Indian journal of veterinary science and animal husbandry - Volumes 18-21, 1948-1951
Year: 1948
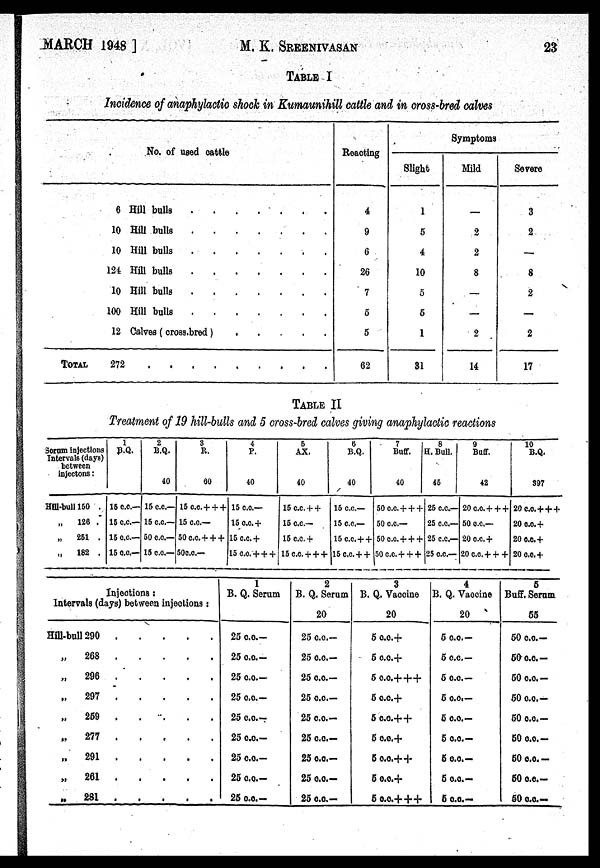
MARCH 1948] M. K. SREENIVASAN 23
TABLE I
Incidence of anaphylactic shock in Kumaunihill cattle and in cross-bred calves
No. of used cattle
TOTAL
6 Hill bulls
.
.
.
.
.
.
.
10 Hill bulls
.
.
.
.
.
.
.
10 Hill bulls
.
.
.
.
.
.
.
124 Hill bulls
.
.
.
.
.
.
.
10 Hill bulls
.
.
.
.
.
.
.
100 Hill bulls
.
.
.
.
.
.
.
12 Calves (cross.bred)
.
.
.
.
272 . . . . . . . . . .
Reacting
4
9
6
26
7
5
5
62
Symptoms
Slight
1
5
4
10
5
5
1
31
Mild
—
2
2
8
—
—
2
14
Severe
3
2
—
8
2
—
2
17
TABLE II
Treatment of 19 hill-bulls and 5 cross-bred calves giving anaphylactic reactions
Sorum injections
Intervals (days)
between
injectons:
Hill-bull 150 .
„
126 .
„
251 .
„
182 .
1
B.Q.
15 c.c.—
15 c.c.—
15 c.c.—
15 c.c.—
2
B.Q.
40
15 c.c.—
15 c.c.—
50 cc—
15 cc—
3
R.
60
15 c.c. + + +
15 c.c.—
50 c.c. + + +
50c.c.—
4
P.
40
15 c.c—
15 c.c. +
15 c.c.+
15 c.c.+ + +
5
AX.
40
15 c.c.++
15 c.c.—
15 c.c.+
15
c.c.+++
6
B.Q.
40
15 c.c.—
15 cc—
15 c.c.++
15 c.c.++
7
Buff.
40
50 c.c.+++
50 c.c.—
50 c.c.+++
50
c.c.+++
8
H. Bull.
45
25 c.c.—
25 c.c.—
25 c.c.—
25 c.c.—
9
Buff.
42
20 c.c.+++
50 c.c.—
20 c.c.+
20 c.c.+++
10
B.Q.
897
20 c.c.+++
20 c.c.+
20 c.c.+
20 c.c.+
Injections:
Intervals (days) between injections:
Hill-bull 290 . . . . .
„
268 . . . . .
„
296 . . . . .
„
297 . . . . .
„
259 . . . . .
„
277 . . . . .
„
291 . . . . .
„ 261 . . . . .
„
281
.
.
.
.
.
1
B. Q. Serum
25 c.c.—
25 c.c.—
25 c.c.—
25 c.c.—
25 c.c.—
25 c.c.—
25 c.c.—
25 c.c.—
25 c.c.—
2
B. Q. Serum
20
25 c.c.—
25 c.c.—
25 c.c.—
25 c.c.—
25 c.c.—
25 c.c.—
25 c.c.—
25 c.c.—
25 c.c.—
3
B. Q. Vaccine
20
5 c.c.+
5 c.c.+
5 c.c.+++
5 c.c.+
5 c.c.++
5 c.c. +
5 c.c.++
5 c.c.+
5 c.c.+++
4
B. Q. Vaccine
20
5 c.c.—
5 c.c.—
5 c.c.—
5 c.c.—
5 c.c.—
5 c.c.—
5 c.c.—
5 c.c.—
5 c.c.—
5
Buff. Serum
55
50 c.c.—
50 c.c.—
50 c.c.—
50 c.c.—
50 c.c.—
50 c.c.—
50 c.c.—
50 c.c—
50 c.c.—